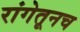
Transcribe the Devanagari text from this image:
रांगेतूनच